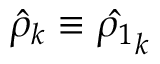
\hat { \rho } _ { k } \equiv \hat { \rho _ { 1 } } _ { k }